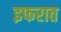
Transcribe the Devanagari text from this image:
इफरात